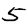
Digit: 5